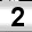
Digit: 2